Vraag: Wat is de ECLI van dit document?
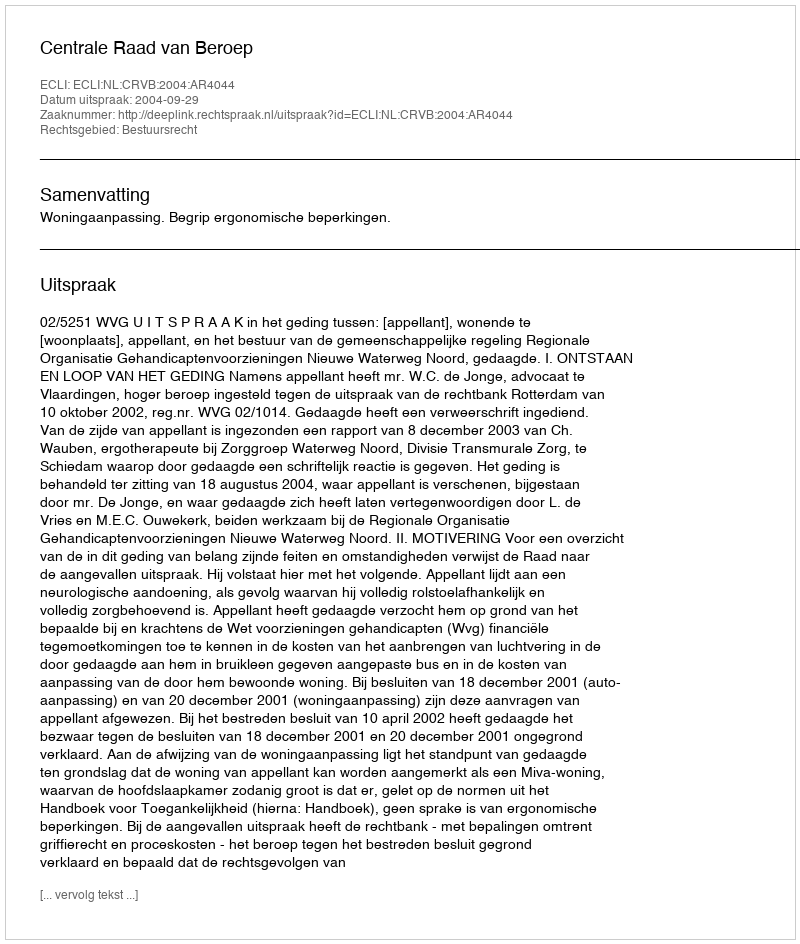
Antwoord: ECLI:NL:CRVB:2004:AR4044